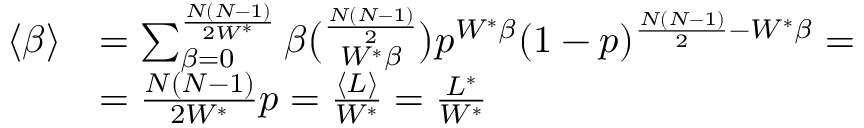
\begin{array} { r l } { \langle \beta \rangle } & { = \sum _ { \beta = 0 } ^ { \frac { N ( N - 1 ) } { 2 W ^ { * } } } \beta \binom { \frac { N ( N - 1 ) } { 2 } } { W ^ { * } \beta } p ^ { W ^ { * } \beta } ( 1 - p ) ^ { \frac { N ( N - 1 ) } { 2 } - W ^ { * } \beta } = } \\ & { = \frac { N ( N - 1 ) } { 2 W ^ { * } } p = \frac { \langle L \rangle } { W ^ { * } } = \frac { L ^ { * } } { W ^ { * } } } \end{array}